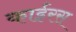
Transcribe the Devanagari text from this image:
काईरस